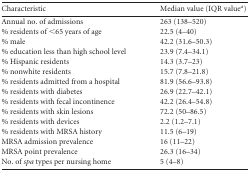
<table><thead><tr><td><b>Characteristic</b></td><td><b>Median value (IQR value<sup><i>a</i></sup>)</b></td></tr></thead><tbody><tr><td>Annual no. of admissions</td><td>263 (138–520)</td></tr><tr><td>% residents of &lt;65 years of age</td><td>22.5 (4–40)</td></tr><tr><td>% male</td><td>42.2 (31.6–50.3)</td></tr><tr><td>% education less than high school level</td><td>23.9 (7.4–34.1)</td></tr><tr><td>% Hispanic residents</td><td>14.3 (3.7–23)</td></tr><tr><td>% nonwhite residents</td><td>15.7 (7.8–21.8)</td></tr><tr><td>% residents admitted from a hospital</td><td>81.9 (56.6–93.8)</td></tr><tr><td>% residents with diabetes</td><td>26.9 (22.7–42.1)</td></tr><tr><td>% residents with fecal incontinence</td><td>42.2 (26.4–54.8)</td></tr><tr><td>% residents with skin lesions</td><td>72.2 (50–86.5)</td></tr><tr><td>% residents with devices</td><td>2.2 (1.2–7.1)</td></tr><tr><td>% residents with MRSA history</td><td>11.5 (6–19)</td></tr><tr><td>MRSA admission prevalence</td><td>16 (11–22)</td></tr><tr><td>MRSA point prevalence</td><td>26.3 (16–34)</td></tr><tr><td>No. of <i>spa</i> types per nursing home</td><td>5 (4–8)</td></tr></tbody></table>